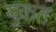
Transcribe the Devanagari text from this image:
युकत